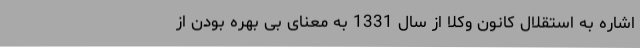
اشاره به استقلال کانون وکلا از سال 1331 به معنای بی بهره بودن از